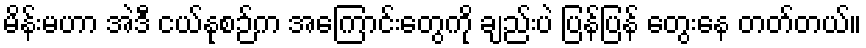
မိန်းမဟာ အဲဒီ ငယ်နုစဉ်က အကြောင်းတွေကို ချည်းပဲ ပြန်ပြန် တွေးနေ တတ်တယ်။